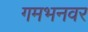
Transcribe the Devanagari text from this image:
गमभनवर